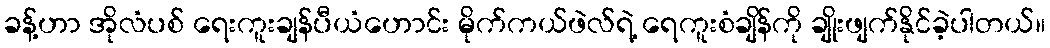
ခန့်ဟာ အိုလံပစ် ရေးကူးချန်ပီယံဟောင်း မိုက်ကယ်ဖဲလ်ရဲ့ ရေကူးစံချိန်ကို ချိုးဖျက်နိုင်ခဲ့ပါတယ်။